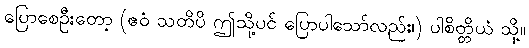
ပြောစေဦးတော့ (ဧဝံ သတိပိ ဤသို့ပင် ပြောပါသော်လည်း၊) ပါစိတ္တိယံ သို့။